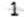
1